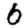
Digit: 6